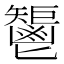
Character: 𩰤